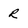
Character: R